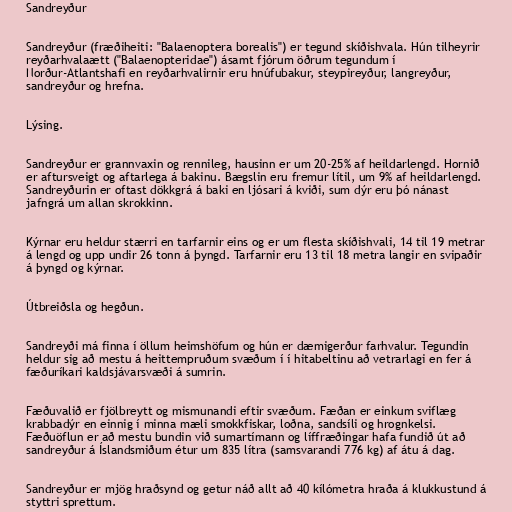
Sandreyður

Sandreyður (fræðiheiti: "Balaenoptera borealis") er tegund skíðishvala. Hún tilheyrir
reyðarhvalaætt ("Balaenopteridae") ásamt fjórum öðrum tegundum í
Norður-Atlantshafi en reyðarhvalirnir eru hnúfubakur, steypireyður, langreyður,
sandreyður og hrefna.

Lýsing.

Sandreyður er grannvaxin og rennileg, hausinn er um 20-25% af heildarlengd. Hornið
er aftursveigt og aftarlega á bakinu. Bægslin eru fremur lítil, um 9% af heildarlengd.
Sandreyðurin er oftast dökkgrá á baki en ljósari á kviði, sum dýr eru þó nánast
jafngrá um allan skrokkinn.

Kýrnar eru heldur stærri en tarfarnir eins og er um flesta skíðishvali, 14 til 19 metrar
á lengd og upp undir 26 tonn á þyngd. Tarfarnir eru 13 til 18 metra langir en svipaðir
á þyngd og kýrnar.

Útbreiðsla og hegðun.

Sandreyði má finna í öllum heimshöfum og hún er dæmigerður farhvalur. Tegundin
heldur sig að mestu á heittempruðum svæðum í í hitabeltinu að vetrarlagi en fer á
fæðuríkari kaldsjávarsvæði á sumrin.

Fæðuvalið er fjölbreytt og mismunandi eftir svæðum. Fæðan er einkum sviflæg
krabbadýr en einnig í minna mæli smokkfiskar, loðna, sandsíli og hrognkelsi.
Fæðuöflun er að mestu bundin við sumartímann og líffræðingar hafa fundið út að
sandreyður á Íslandsmiðum étur um 835 lítra (samsvarandi 776 kg) af átu á dag.

Sandreyður er mjög hraðsynd og getur náð allt að 40 kílómetra hraða á klukkustund á
styttri sprettum.